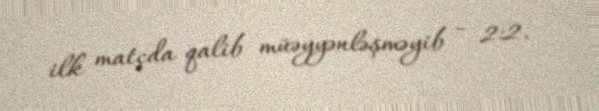
ilk matçda qalib müəyyənləşməyib - 2:2.